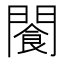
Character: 𫔨